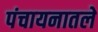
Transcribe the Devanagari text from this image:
पंचायनातले